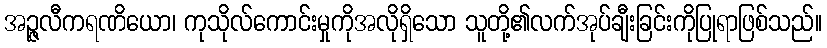
အဉ္ဇလီကရဏိယော၊ ကုသိုလ်ကောင်းမှုကိုအလိုရှိသော သူတို့၏လက်အုပ်ချီးခြင်းကိုပြုရာဖြစ်သည်။